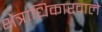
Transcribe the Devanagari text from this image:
क्षेत्राधिकारवाले